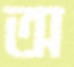
অ